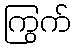
ကြွက်